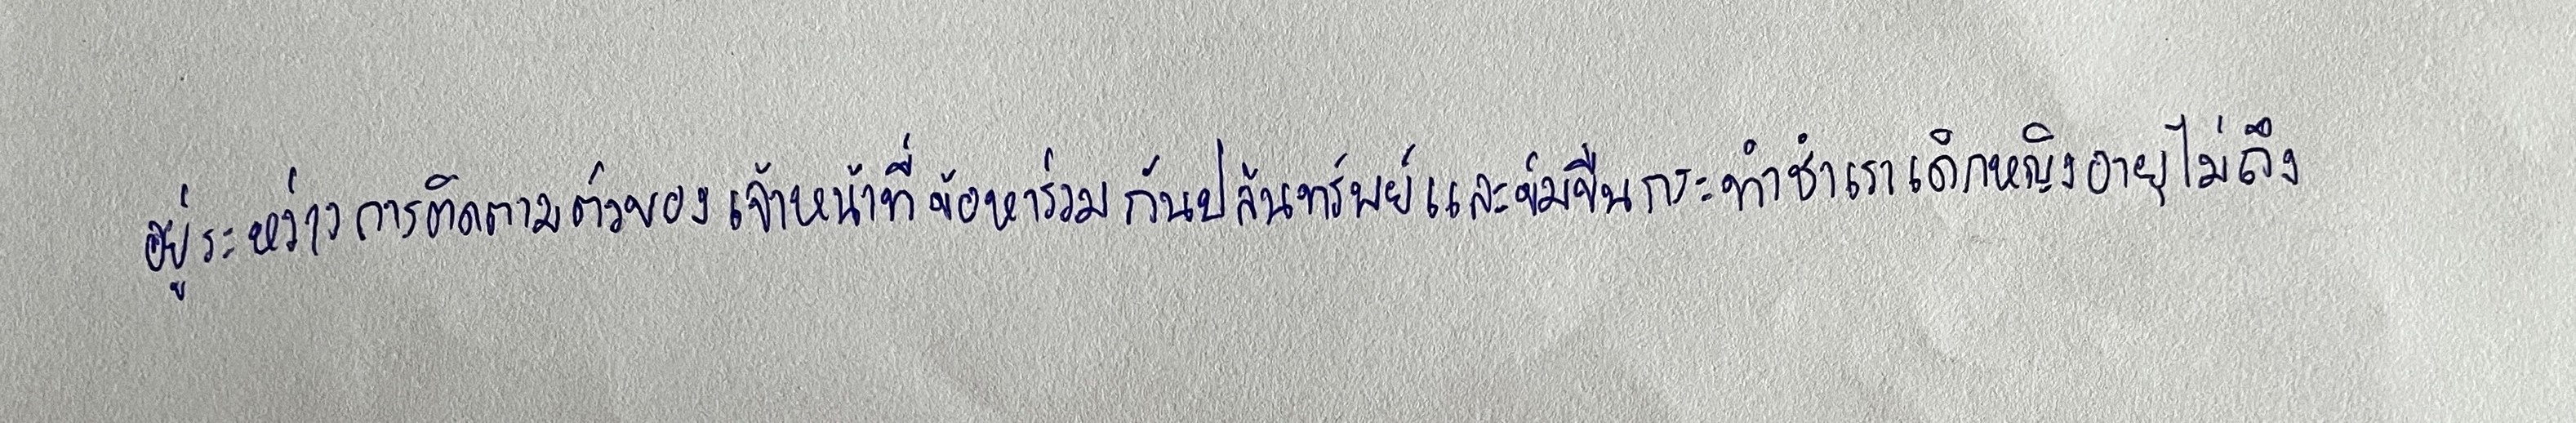
อยู่ระหว่างการติดตามตัวของเจ้าหน้าที่ข้อหาร่วมกันปล้นทรัพย์และข่มขืนกระทำชำเราเด็กหญิงอายุไม่ถึง